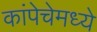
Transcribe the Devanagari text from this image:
कांपेचेमध्ये